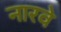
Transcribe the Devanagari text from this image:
नारवे